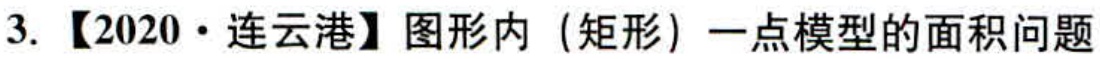
3. 【2020·连云港】图形内（矩形）一点模型的面积问题